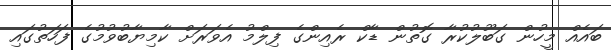
ބައެއް މީހުން ގަބޫލުކުރާ ގޮތުން ޑާކް ރެއިންގެ ފިލްމު އެވަރަށް ކާމިޔާބުވުމުގެ ފަހަތުގައި